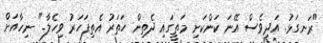
"ރަނގަޅު. އަދިވެސް އޭނަ ކަންކަށި މަތީގައި ދެތިން ހަތަރު އެތިފަހަރު ވިހެލާ." ނިހާއަށް